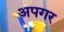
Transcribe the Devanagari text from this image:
अपगर